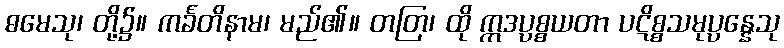
ဓမေသု၊ တို့၌။ ကင်္ခတိနာမ၊ မည်၏။ တတြ၊ ထို ဣဒပ္ပစ္စယတာ ပဋိစ္စသမုပ္ပန္နေသု